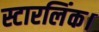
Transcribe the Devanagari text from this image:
स्टारलिंक।